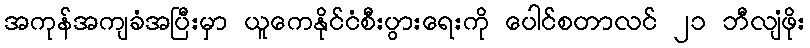
အကုန်အကျခံအပြီးမှာ ယူကေနိုင်ငံစီးပွားရေးကို ပေါင်စတာလင် ၂၁ ဘီလျံဖိုး